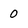
Character: 0